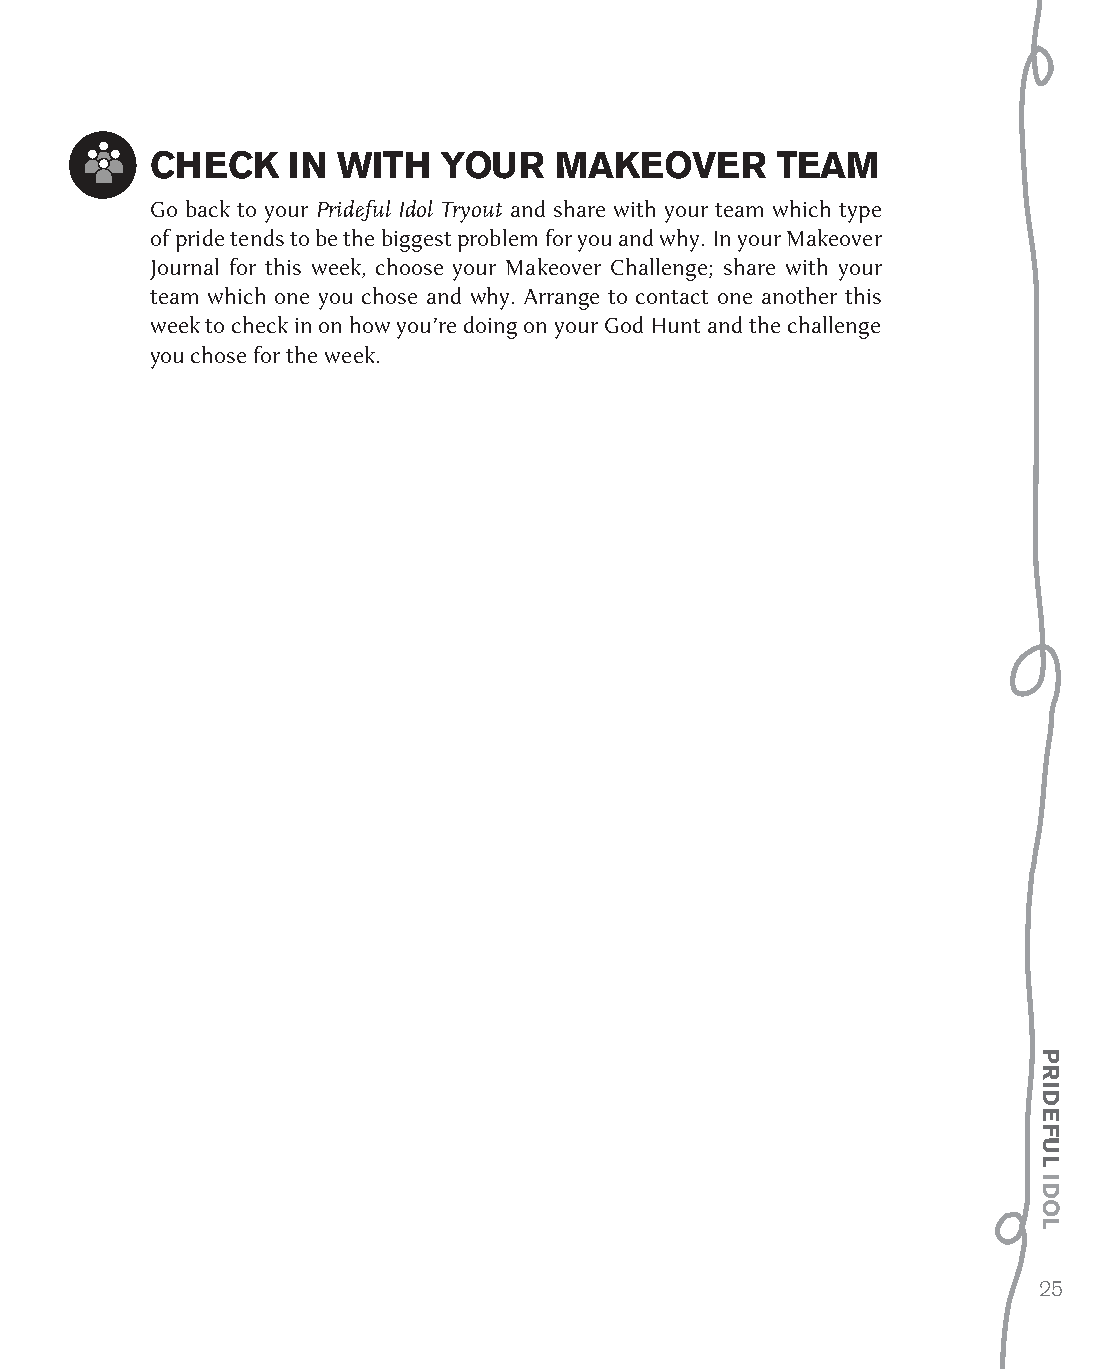
CheCk    In WIth   your    Makeover      teaM
 Go back to your Prideful Idol Tryout and share with your team which type
 of pride tends to be the biggest problem for you and why. In your Makeover
 Journal for this week, choose your Makeover Challenge; share with your
 team which one you chose and why. Arrange to contact one another this
 week to check in on how you’re doing on your God Hunt and the challenge
 you chose for the week.
 25
 prIDeful
 IDol